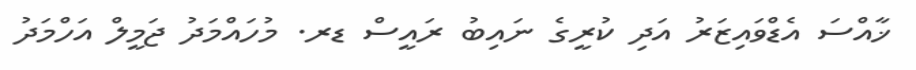
ޚާއްސަ އެޑްވައިޒަރު އަދި ކުރީގެ ނައިބު ރައީސް ޑރ. މުހައްމަދު ޖަމީލް އަހްމަދު